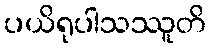
ပယိရုပါသဿူတိ